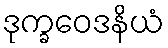
ဒုက္ခဝေဒနိယံ